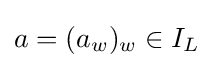
a=(a_{w})_{w}\in I_{L}